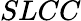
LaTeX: SLCC